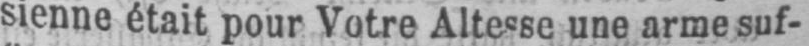
sienne était pour Votre Altesse une arme suf-